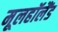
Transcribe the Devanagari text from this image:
मूलहॉलैंड